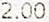
2.00